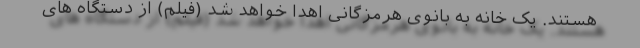
هستند. یک خانه به بانوی هرمزگانی اهدا خواهد شد (فیلم) از دستگاه های